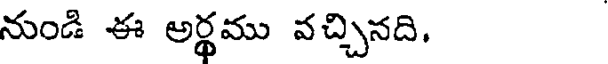
నుండి ఈ అర్థము వచ్చినది,